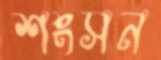
শংসন